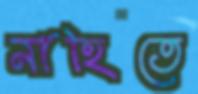
নাহিতে